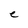
Character: e